Lunatic asylums Madras 1892-1911 - 1892-1911
Year: 1892
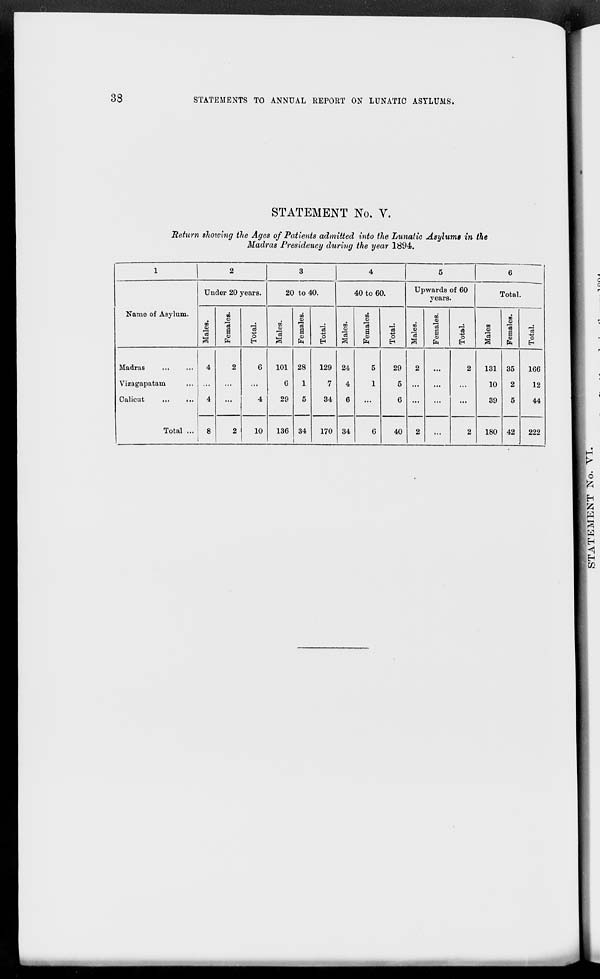
38
STATEMENTS TO ANNUAL REPORT ON LUNATIC ASTLUMS.
STATEMENT No. V.
Return showing the Ages of Patients admitted into the Lunatic Asylums in the
Madras Presidency during the year 1894.
1
Name of Asylum.
Madras
...
...
Vizagapatam ...
Calicut
...
...
Total ...
2
Under 20 years.
Males.
4
...
4
8
Females.
2
...
...
2
Total.
6
...
4
10
3
20 to 40.
Males.
101
6
29
136
Females.
28
1
5
34
Total.
129
7
34
170
4
40 to 60.
Males.
24
4
6
34
Females.
5
1
...
6
Total.
29
5
6
40
5
Upwards of 60
years.
Males.
2
...
...
2
Females.
...
...
...
...
Total.
2
...
...
2
6
Total.
Males
131
10
39
180
Females.
35
2
5
42
Total.
166
12
44
222